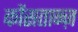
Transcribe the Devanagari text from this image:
कोंसतान्ज़